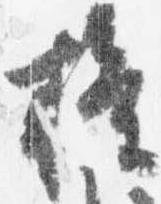
権